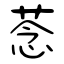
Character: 菍